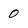
Character: 0